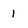
Character: 1